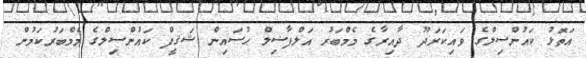
އަތޮޅު ކައުންސިލްގެ ވައިކަރަދޫ ދާއިރާގެ މެމްބަރު އަލްފާޟިލް ޙުސައިން ޝަޤީފް ކައުންސިލްގެ މެމްބަރުކަމުން